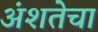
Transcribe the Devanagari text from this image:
अंशतेचा